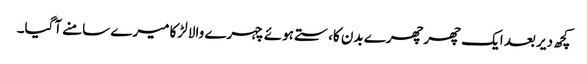
کچھ دیر بعد ایک چھرچھرے بدن کا،ستے ہوئے چہرے والا لڑکا میرے سامنے آگیا۔